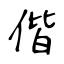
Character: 偕